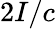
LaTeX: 2I/c